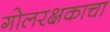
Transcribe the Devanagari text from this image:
गोलरक्षकाचा